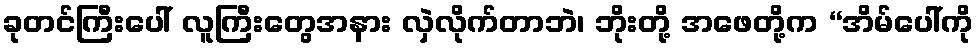
ခုတင်ကြီးပေါ် လူကြီးတွေအနား လှဲလိုက်တာဘဲ၊ ဘိုးတို့ အဖေတို့က “အိမ်ပေါ်ကို